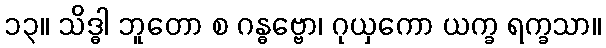
၁၃။ သိဒ္ဓါ ဘူတော စ ဂန္ဓဗ္ဗော၊ ဂုယှကော ယက္ခ ရက္ခသာ။